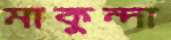
মাকুন্দা